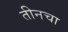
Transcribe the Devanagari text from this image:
तीनचा